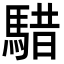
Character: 𩤈